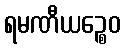
ရမဏီယဉ္စေဝ